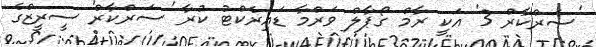
'ސަރްކާރް 3' އަކީ ރާމް ގޯޕާލް ވަރްމާ ޑައިރެކްޓު ކުރާ 'ސަރްކާރް' ސީރީޒްގެ